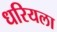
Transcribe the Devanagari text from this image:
धरियला